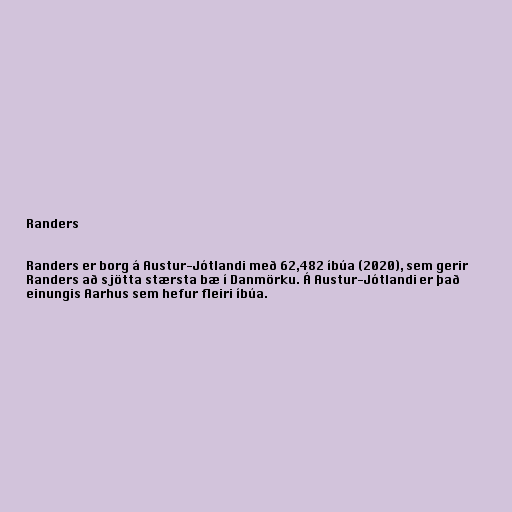
Randers

Randers er borg á Austur-Jótlandi með 62,482 íbúa (2020), sem gerir
Randers að sjötta stærsta bæ í Danmörku. Á Austur-Jótlandi er það
einungis Aarhus sem hefur fleiri íbúa.